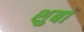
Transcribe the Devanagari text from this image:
शुबा